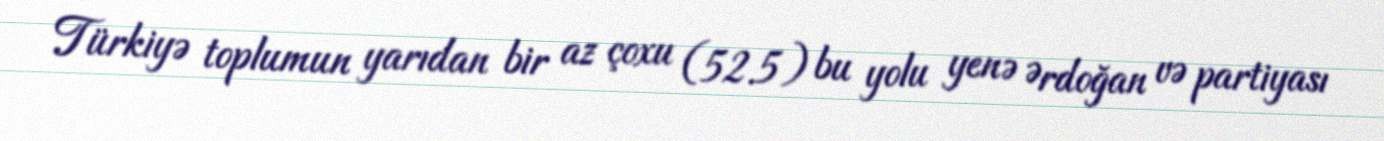
Türkiyə toplumun yarıdan bir az çoxu (52.5) bu yolu yenə Ərdoğan və partiyası